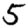
Digit: 5